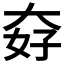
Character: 𡘏